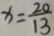
x = \frac { 2 0 } { 1 3 }